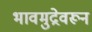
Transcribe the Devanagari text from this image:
भावमुद्रेवरून